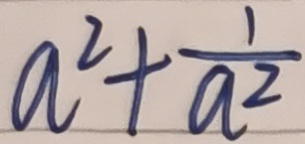
a ^ { 2 } + \frac { 1 } { a ^ { 2 } }